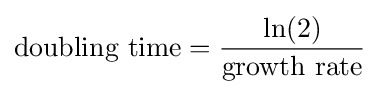
{\text{doubling time}}={\frac {\ln(2)}{\text{growth rate}}}